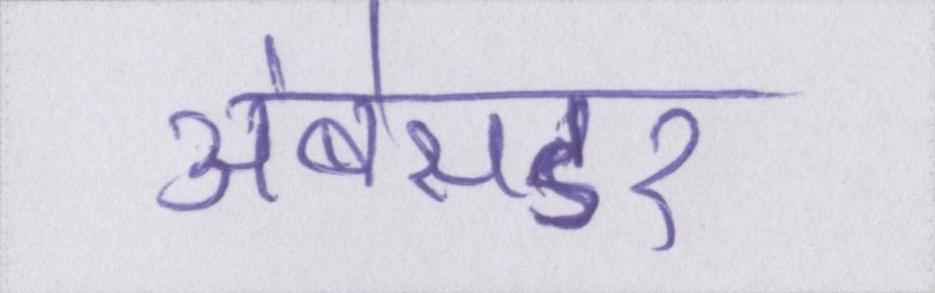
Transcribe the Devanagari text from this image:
अंबेसडर